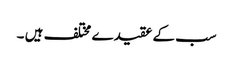
سب کے عقیدے مختلف ہیں ۔